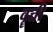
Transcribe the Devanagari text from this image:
वॄत्ती